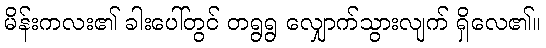
မိန်းကလး၏ ခါးပေါ်တွင် တရွရွ လျှောက်သွားလျက် ရှိလေ၏။